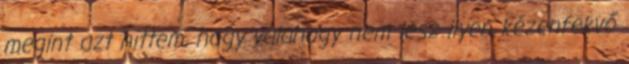
megint azt hittem, hogy valahogy nem lesz ilyen kézenfekvő